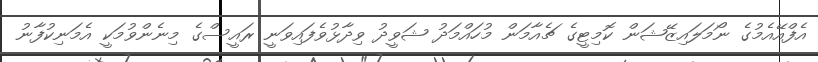
އެފްއޭއެމުގެ ނޯމަލައިޒޭޝަން ކޮމިޓީގެ ޗެއާމަން މުހައްމަދު ޝަވީދު ވިދާޅުވެފައިވަނީ ރައީސްގެ މިނެންވުމަކީ އެމަނިކުފާނު